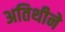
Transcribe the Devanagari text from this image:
अतिथीने